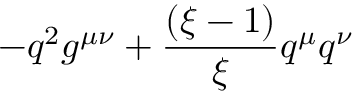
- q ^ { 2 } g ^ { \mu \nu } + \frac { ( \xi - 1 ) } { \xi } q ^ { \mu } q ^ { \nu }